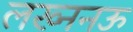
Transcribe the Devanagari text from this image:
लख्ननऊ